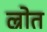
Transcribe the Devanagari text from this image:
ल्रोत